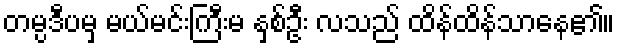
တမ္ပဒီပမှ မယ်မင်းကြီးမ နှစ်ဦး လသည် ထိန်ထိန်သာနေ၏။